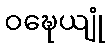
ဝဍ္ဎေယျုံ